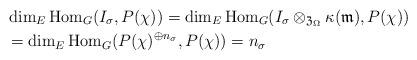
LaTeX: \begin{align*}&\dim_{E} \mathrm{Hom}_{G}(I_{\sigma}, P(\chi)) = \dim_{E} \mathrm{Hom}_{G}(I_{\sigma} \otimes_{\mathfrak{Z}_{\Omega}} \kappa(\mathfrak{m}), P(\chi)) \\ &= \dim_{E} \mathrm{Hom}_{G}(P(\chi)^{\oplus n_{\sigma}}, P(\chi)) = n_{\sigma} \end{align*}